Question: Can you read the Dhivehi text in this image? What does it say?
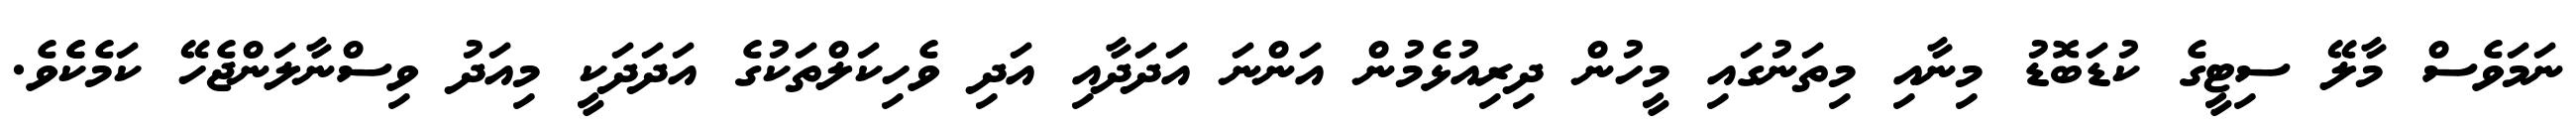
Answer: ނަމަވެސް މާލޭ ސިޓީގެ ކުޑަބޮޑު މިނާއި މިތަނުގައި މީހުން ދިރިއުޅެމުން އަންނަ އަދަދާއި އަދި ވެހިކަލްތަކުގެ އަދަދަކީ މިއަދު ވިސްނާލަންޖެހޭ ކަމެކެެވެ.